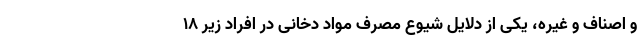
و اصناف و غیره، یکی از دلایل شیوع مصرف مواد دخانی در افراد زیر 18